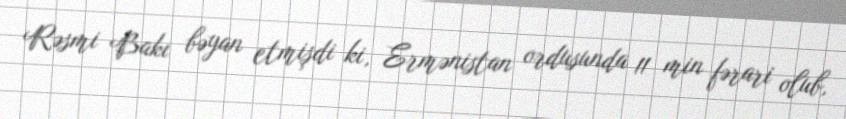
Rəsmi Bakı bəyan etmişdi ki, Ermənistan ordusunda 11 min fərari olub,